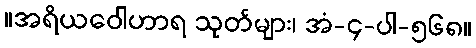
။အရိယဝေါဟာရ သုတ်များ၊ အံ-၄-ပါ-၅၆၈။